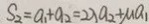
S _ { 2 } = a _ { 1 } + a _ { 2 } = 2 \lambda a _ { 2 } + M a _ { 1 }